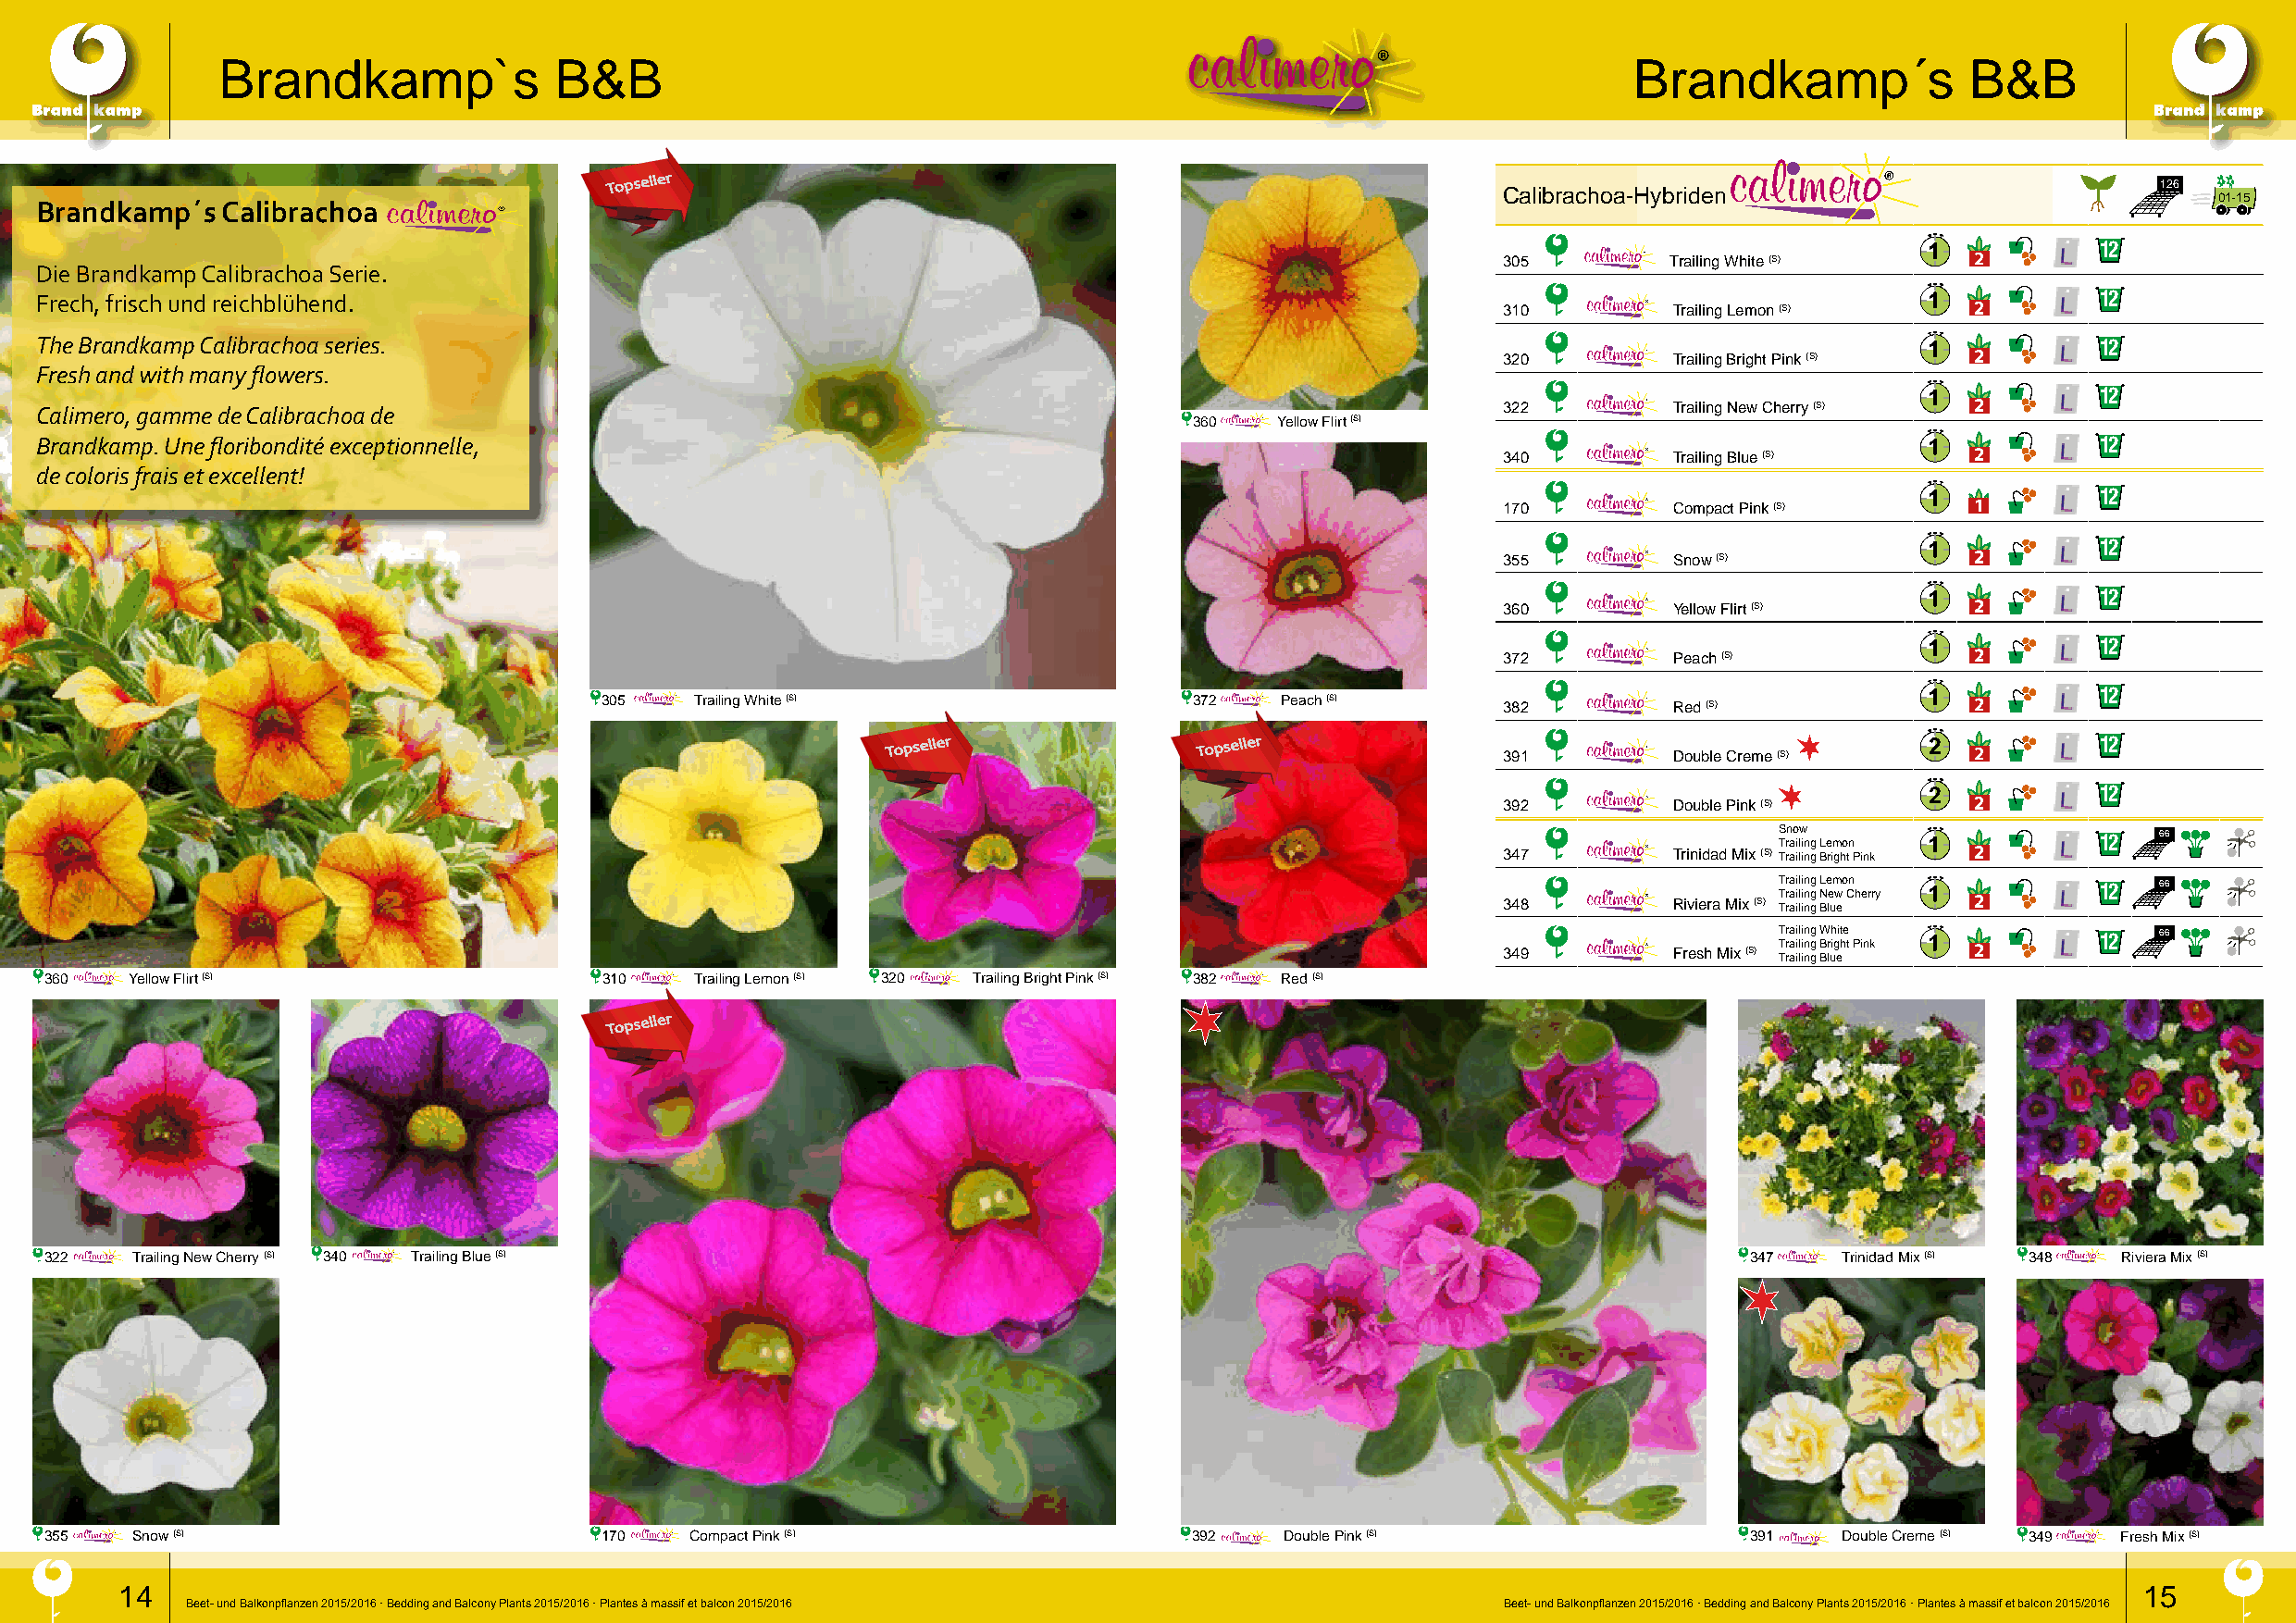
Brandkamp`s             B&B                                                                          Brandkamp´s             B&B
 Topseller
 Calibrachoa-Hybriden
 126
 01-15
 Brandkamp´s  Calibrachoa
 12
 305         Trailing White (S)
 Die Brandkamp Calibrachoa Serie.
 Frech, frisch und reichblühend.                                                                                                                    12
 310          Trailing Lemon (S)
 The Brandkamp Calibrachoa series.                                                                                                                  12
 320          Trailing Bright Pink (S)
 Fresh and with many flowers.
 12
 Calimero, gamme de Calibrachoa de                                                                       322          Trailing New Cherry (S)
 360   Yellow Flirt (S)
 Brandkamp. Une floribondité exceptionnelle,                                                                                                        12
 340          Trailing Blue (S)
 de coloris frais et excellent!
 12
 170          Compact Pink (S)
 12
 355          Snow (S)
 12
 360          Yellow Flirt (S)
 12
 372          Peach (S)
 12
 305    Trailing White (S)                 372    Peach (S)
 382          Red (S)
 Topseller             Topseller
 391          Double Creme (S)
 12
 12
 392          Double Pink (S)
 Snow
 Trailing Lemon         12  66
 347          Trinidad Mix (S) Trailing Bright Pink
 T Tr ra ai il li in ng g L Ne em wo Cn herry 12 66
 348          Riviera Mix (S) Trailing Blue
 T Tr ra ai il li in ng g W Brh igit he t Pink 12 66
 349          Fresh Mix (S)
 Trailing Blue
 360   Yellow Flirt (S)                  310    Trailing Lemon (S) 320 Trailing Bright Pink (S) 382 Red (S)
 Topseller
 322   Trailing New Cherry (S) 340 Trailing Blue (S)                                                                       347    Trinidad Mix (S) 348 Riviera Mix (S)
 355   Snow (S)                          170   Compact Pink (S)                    392    Double Pink (S)                  391    Double Creme (S) 349 Fresh Mix (S)
 14                                                                                                                                               15
 Beet- und Balkonpflanzen 2015/2016 · Bedding and Balcony Plants 2015/2016 · Plantes à massif et balcon 2015/2016 Beet- und Balkonpflanzen 2015/2016 · Bedding and Balcony Plants 2015/2016 · Plantes à massif et balcon 2015/2016